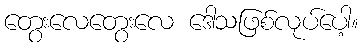
တွေးလေတွေးလေ ဒေါသဖြစ်လုပ်ပေါ့။